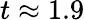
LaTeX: t\approx 1.9